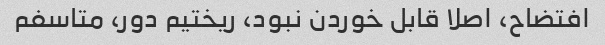
افتضاح، اصلا قابل خوردن نبود، ریختیم دور، متاسفم